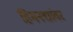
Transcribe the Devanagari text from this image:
हिमनद्यांवर